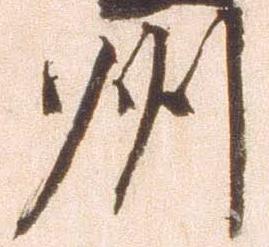
州